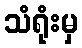
သံရုံးမှ